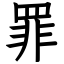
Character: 罪